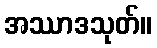
အဿာဒသုတ်။